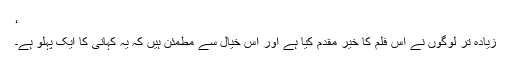
‘
زیادہ تر لوگوں نے اس فلم کا خیر مقدم کیا ہے اور اس خیال سے مطمئن ہیں کہ یہ کہانی کا ایک پہلو ہے۔